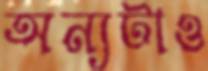
অন্যটাও